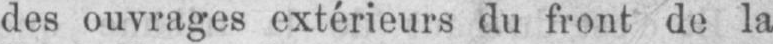
des ouvrages extérieurs du front de la